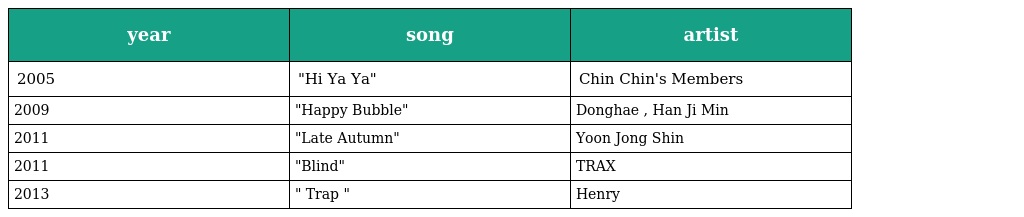
| year | song | artist |
 | --- | --- | --- |
 | 2005 | "Hi Ya Ya" | Chin Chin's Members |
 | 2009 | "Happy Bubble" | Donghae , Han Ji Min |
 | 2011 | "Late Autumn" | Yoon Jong Shin |
 | 2011 | "Blind" | TRAX |
 | 2013 | " Trap " | Henry |